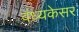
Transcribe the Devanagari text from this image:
वंध्यकेसर